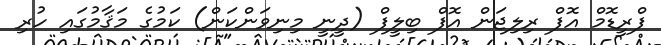
ފްރީޑޮމް އޮފް ރިލިޖަން އޮފް ބިލީފް (ދީނީ މިނިވަންކަން) ކަމުގެ މަޤާމުގައި ހުރި